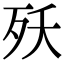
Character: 殀